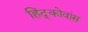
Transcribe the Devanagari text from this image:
हिंद्कोवांस